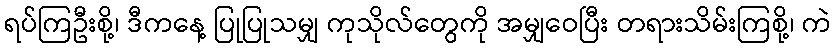
ရပ်ကြဦးစို့၊ ဒီကနေ့ ပြုပြုသမျှ ကုသိုလ်တွေကို အမျှဝေပြီး တရားသိမ်းကြစို့၊ ကဲ